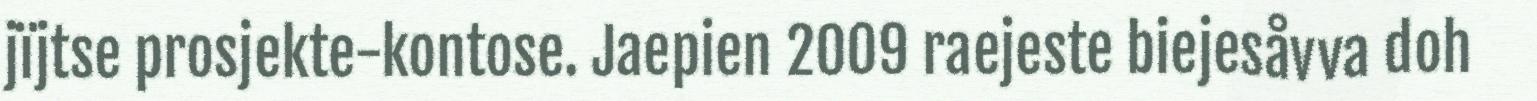
jïjtse prosjekte-kontose. Jaepien 2009 raejeste biejesåvva doh